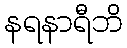
နရနာရီဘိ